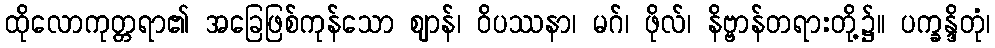
ထိုလောကုတ္တရာ၏ အခြေဖြစ်ကုန်သော ဈာန်၊ ဝိပဿနာ၊ မဂ်၊ ဖိုလ်၊ နိဗ္ဗာန်တရားတို့၌။ ပက္ခန္ဒိတုံ၊